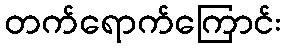
တက်ရောက်ကြောင်း